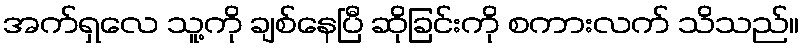
အက်ရှလေ သူ့ကို ချစ်နေပြီ ဆိုခြင်းကို စကားလက် သိသည်။